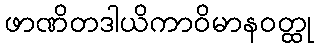
ဖာဏိတဒါယိကာဝိမာနဝတ္ထု